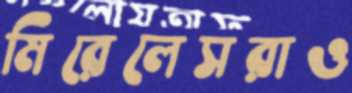
মিরেলেসরাও